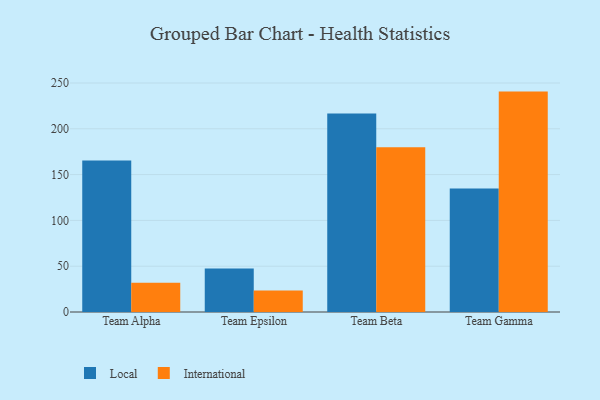
{"axis": {"x": "Team", "y": "Operating Costs (USD K)"}, "legend": ["International", "Local"], "data": [{"x": "Team Alpha", "y": 165.5, "type": "Local"}, {"x": "Team Alpha", "y": 32.0, "type": "International"}, {"x": "Team Epsilon", "y": 47.6, "type": "Local"}, {"x": "Team Epsilon", "y": 23.6, "type": "International"}, {"x": "Team Beta", "y": 216.8, "type": "Local"}, {"x": "Team Beta", "y": 179.9, "type": "International"}, {"x": "Team Gamma", "y": 134.8, "type": "Local"}, {"x": "Team Gamma", "y": 240.6, "type": "International"}]}